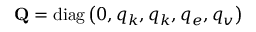
\mathbf { Q } = \operatorname { d i a g } \left( 0 , q _ { k } , q _ { k } , q _ { e } , q _ { v } \right)